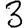
Digit: 3